Manual of vaccination for the United Provinces of Agra and Oudh -
Year: 1903
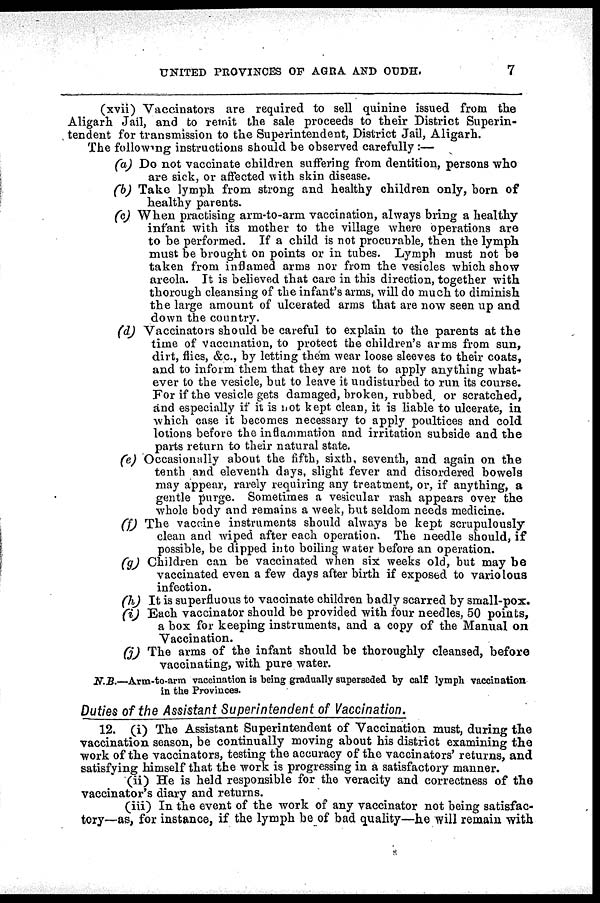
UNITED PROVINCES OF AGRA AND OUDH.
7
(xvii) Vaccinators are required to sell quinine issued from the
Aligarh Jail, and to remit the sale proceeds to their District Superin-
tendent for transmission to the Superintendent, District Jail, Aligarh.
The following instructions should be observed carefully:—
(a) Do not vaccinate children suffering from dentition, persons who
are sick, or affected with skin disease.
(b) Take lymph from strong and healthy children only, born of
healthy parents.
(c) When practising arm-to-arm vaccination, always bring a healthy
infant with its mother to the village where operations are
to be performed. If a child is not procurable, then the lymph
must be brought on points or in tubes. Lymph must not be
taken from inflamed arms nor from the vesicles which show
areola. It is believed that care in this direction, together with
thorough cleansing of the infant's arms, will do much to diminish
the large amount of ulcerated arms that are now seen up and
down the country.
(d) Vaccinators should be careful to explain to the parents at the
time of Vaccination, to protect the children's arms from sun,
dirt, flies, &c., by letting them wear loose sleeves to their coats,
and to inform them that they are not to apply anything what-
ever to the vesicle, but to leave it undisturbed to run its course.
For if the vesicle gets damaged, broken, rubbed or scratched,
and especially if it is not kept clean, it is liable to ulcerate, in
which case it becomes necessary to apply poultices and cold
lotions before the inflammation and irritation subside and the
parts return to their natural state.
(e) Occasionally about the fifth, sixth, seventh, and again on the
tenth and eleventh days, slight fever and disordered bowels
may appear, rarely requiring any treatment, or, if anything, a
gentle purge. Sometimes a vesicular rash appears over the
whole body and remains a week, but seldom needs medicine.
(f) The vaccine instruments should always be kept scrupulously
clean and wiped after each operation. The needle should, if
possible, be dipped into boiling water before an operation.
(g) Children can be vaccinated when six weeks old, but may be
vaccinated even a few days after birth if exposed to variolous
infection.
(h) It is superfluous to vaccinate children badly scarred by small-pox.
(i) Each vaccinator should be provided with four needles, 50 points,
a box for keeping instruments, and a copy of the Manual on
Vaccination.
(j) The arms of the infant should be thoroughly cleansed, before
vaccinating, with pure water.
N.B.—Arm-to-arm vaccination is being gradually superseded by calf lymph vaccination
in the Provinces.
Duties of the Assistant Superintendent
of Vaccination.
12. (i) The Assistant Superintendent of Vaccination must, during the
vaccination season, be continually moving about his district examining the
work of the vaccinators, testing the accuracy of the vaccinators' returns, and
satisfying himself that the work is progressing in a satisfactory manner.
(ii) He is held responsible for the veracity and correctness of the
vaccinator's diary and returns.
(iii) In the event of the work of any vaccinator not being satisfac-
tory—as, for instance, if the lymph be of bad quality—he will remain with